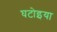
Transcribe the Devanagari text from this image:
घटोइया